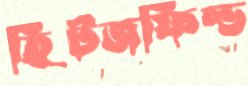
হিটজফিল্ড